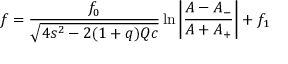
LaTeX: f = \frac { f _ { 0 } } { \sqrt { 4 s ^ { 2 } - 2 ( 1 + q ) Q c } } \ln { \left| \frac { A - A _ { - } } { A + A _ { + } } \right| } + f _ { 1 }